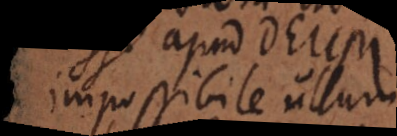
impossibile ullum